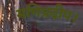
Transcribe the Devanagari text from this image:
मणिप्रदीप।